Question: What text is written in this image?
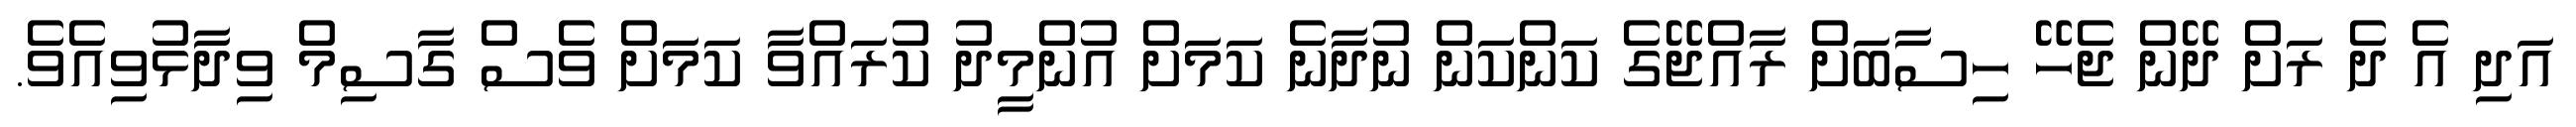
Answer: އަދި އެ ދެ ރަށް ދޭން ޖެހޭ ހިސާބަށް ރާއްޖޭގެ ކަންކަން ނުދާނެ ކަމަށް އުންމީދު ކުރައްވާ ކަމަށް ވެސް ގާސިމް ވިދާޅުވިއެވެ.